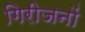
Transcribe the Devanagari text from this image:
गिरीजनों